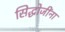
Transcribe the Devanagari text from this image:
सिद्धोजींना